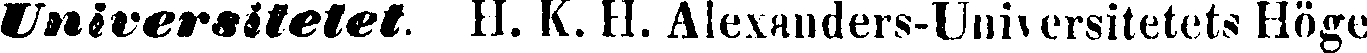
Universitetet. 11. K. 11. Alexanders-Universitetets Höge